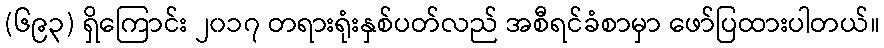
(၆၉၃) ရှိကြောင်း ၂၀၁၇ တရားရုံးနှစ်ပတ်လည် အစီရင်ခံစာမှာ ဖော်ပြထားပါတယ်။